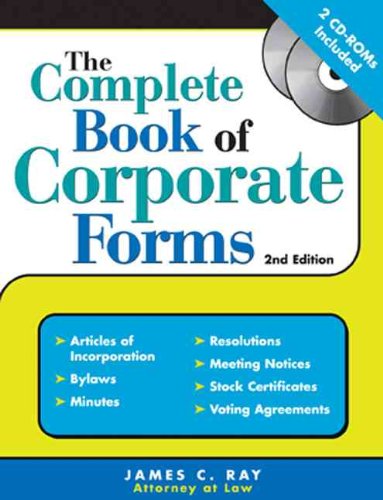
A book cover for The Complete Book of Corporate Forms: From Minutes to Annual Reports and Everything in Between; James Ray; Business & Money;